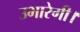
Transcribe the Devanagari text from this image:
उभारेगी।